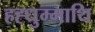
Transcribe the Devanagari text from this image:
हह्धुम्माथि